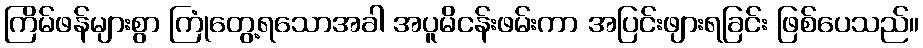
ကြိမ်ဖန်များစွာ ကြုံတွေ့ရသောအခါ အပူမိငန်းဖမ်းကာ အပြင်းဖျားရခြင်း ဖြစ်ပေသည်။